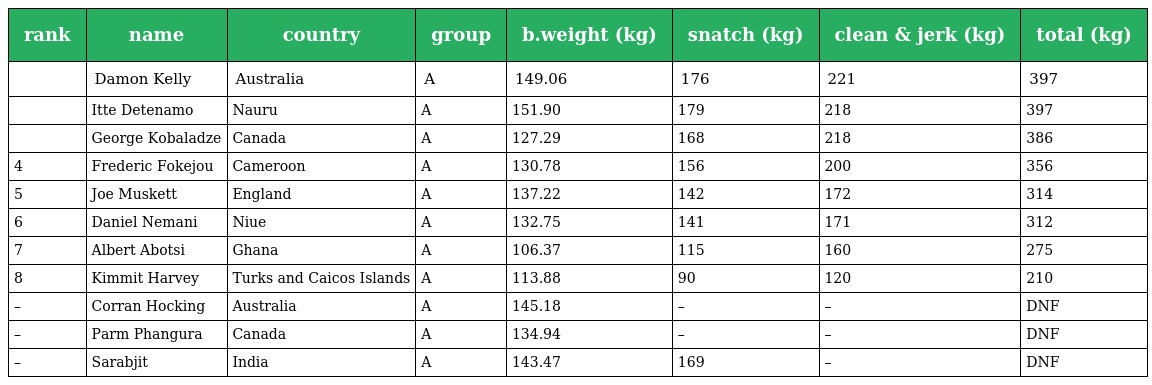
| rank | name | country | group | b.weight (kg) | snatch (kg) | clean & jerk (kg) | total (kg) |
 | --- | --- | --- | --- | --- | --- | --- | --- |
 |  | Damon Kelly | Australia | A | 149.06 | 176 | 221 | 397 |
 |  | Itte Detenamo | Nauru | A | 151.90 | 179 | 218 | 397 |
 |  | George Kobaladze | Canada | A | 127.29 | 168 | 218 | 386 |
 | 4 | Frederic Fokejou | Cameroon | A | 130.78 | 156 | 200 | 356 |
 | 5 | Joe Muskett | England | A | 137.22 | 142 | 172 | 314 |
 | 6 | Daniel Nemani | Niue | A | 132.75 | 141 | 171 | 312 |
 | 7 | Albert Abotsi | Ghana | A | 106.37 | 115 | 160 | 275 |
 | 8 | Kimmit Harvey | Turks and Caicos Islands | A | 113.88 | 90 | 120 | 210 |
 | – | Corran Hocking | Australia | A | 145.18 | – | – | DNF |
 | – | Parm Phangura | Canada | A | 134.94 | – | – | DNF |
 | – | Sarabjit | India | A | 143.47 | 169 | – | DNF |